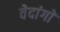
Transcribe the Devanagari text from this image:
वेदांगाें